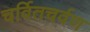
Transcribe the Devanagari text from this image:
चर्वितचर्वण